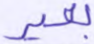
بعير